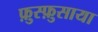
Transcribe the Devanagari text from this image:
फ़ुस्फ़ुसाया